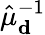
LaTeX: \hat{\mu}_{\mathbf d}^{-1}